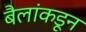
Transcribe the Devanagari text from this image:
बैलांकडून